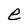
Character: e